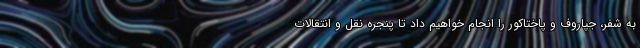
به شفر، جپاروف و پاختاکور را انجام خواهیم داد تا پنجره نقل و انتقالات